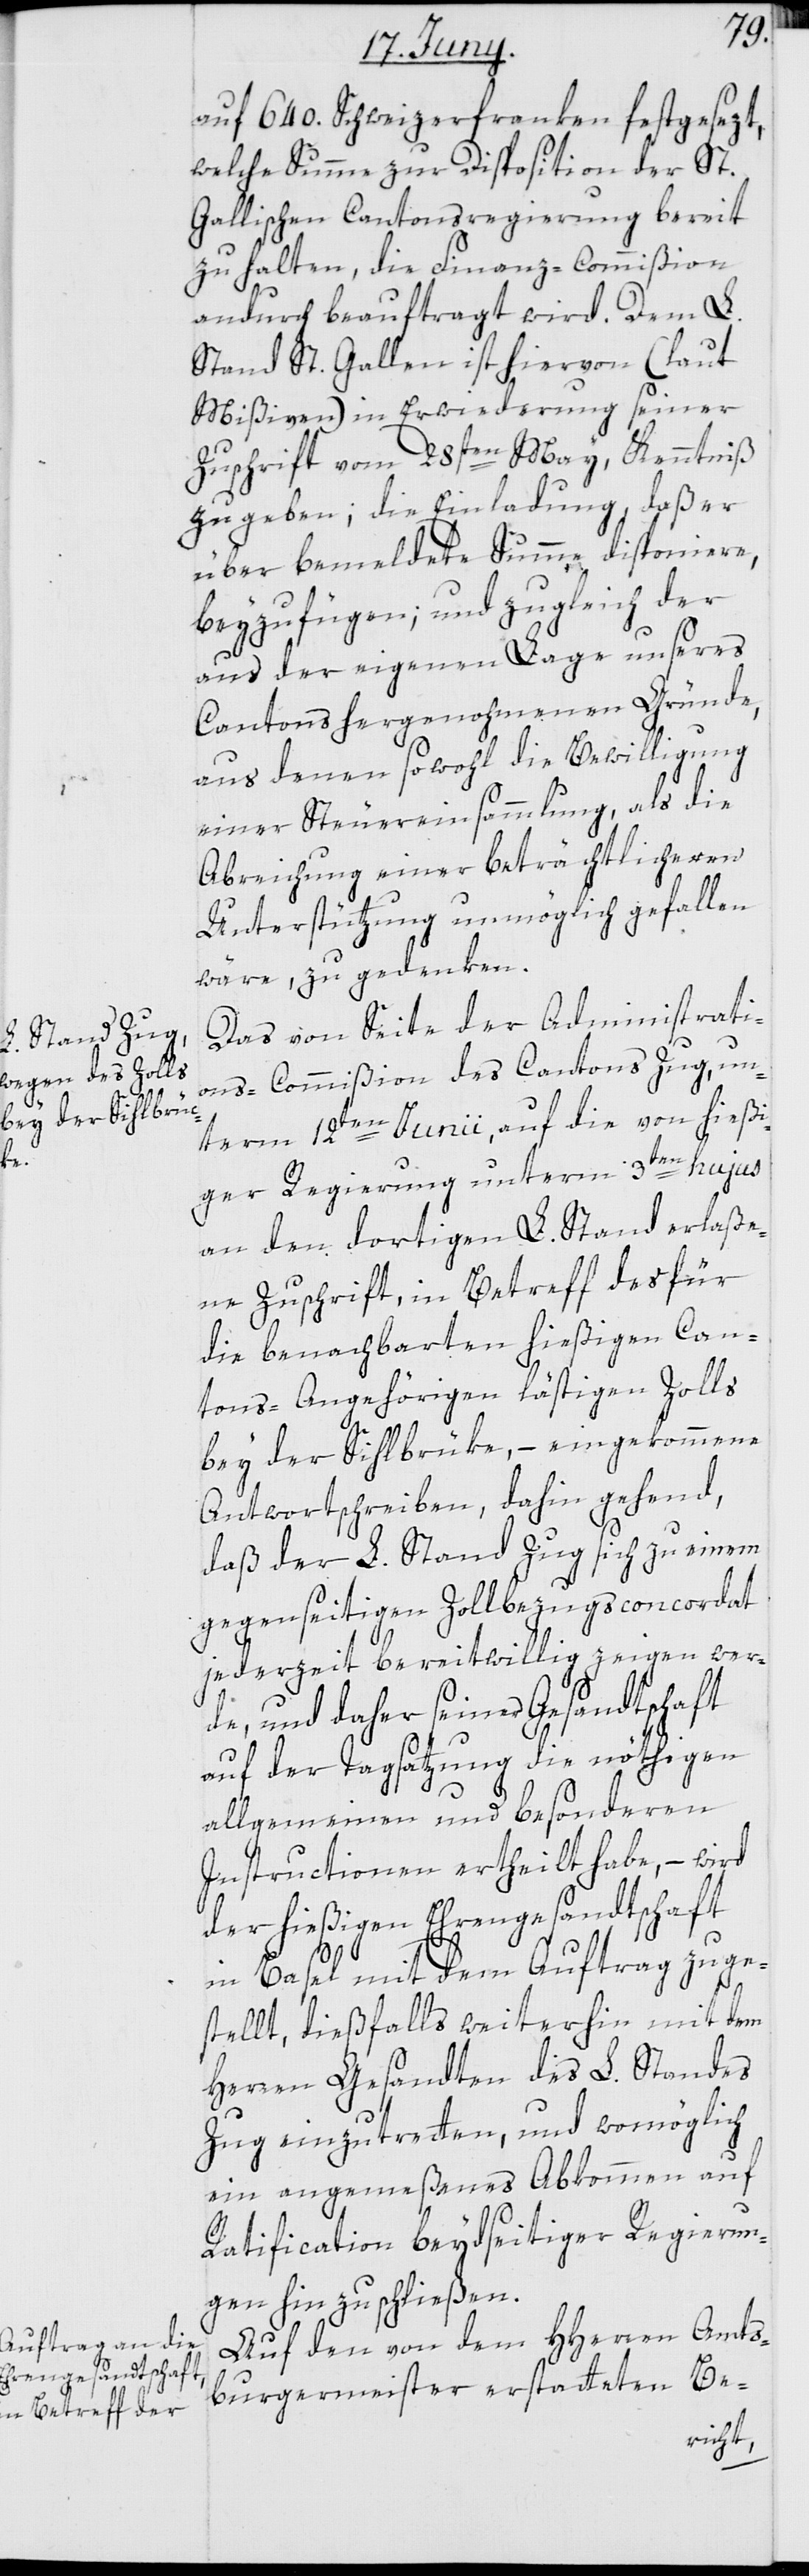
auf 640. Schweizerfranken festgesezt,
welche Summe zu Disposition der St.
Gallischen Cantonsregierung bereit
zu halten, die Finanz-Commißion
andurch beauftragt wird. Dem L.
Stand St. Gallen ist hievon (laut
Mißiven) in Erwiderung seiner
Zuschrift vom 28sten May, Kenntniß
zu geben; die Einladung, daß er
über bemeldte Summe disponiere,
beyzufügen; und zugleich der
aus der eigenen Lage unseres
Cantons hergenohmenen Gründe,
aus denen sowohl die Bewilligung
einer Steuereinsammlung, als die
Abreichung einer beträchtlicheren
Unterstützung unmöglich gefallen
wäre, zu gedenken.
Das von Seite der Administrati¬
ons-Commißion des Cantons Zug, un¬
term 12ten Junii, auf die von hießi¬
ger Regierung unterm 3ten hujus
an den dortigen L. Stand erlaße¬
ne Zuschrift, in Betreff des für
die benachbarten hießigen Can¬
tons-Angehörigen lästigen Zolls
bey der Sihlbrüke, – eingekommene
Antwortschreiben, dahin gehend,
daß der L. Stand Zug sich zu einem
gegenseitigen Zollbezugsconcordat
jederzeit bereitwillig zeigen wer¬
de, und daher seiner Gesandtschaft
auf der Tagsatzung die nöthigen
allgemeinen und besonderen
Instructionen ertheilt habe, – wird
der hießigen Ehrengesandtschaft
in Basel mit dem Auftrag zuge¬
stellt, dießfalls weiterhin mit dem
Herren Gesandten des L. Standes
Zug einzutretten, und womöglich
ein angemeßenes Abkommen auf
Ratification beydseitiger Regierun¬
gen hin zu schließen.
Auf den von dem HHerren Amts¬
burgermeister erstatteten Be-